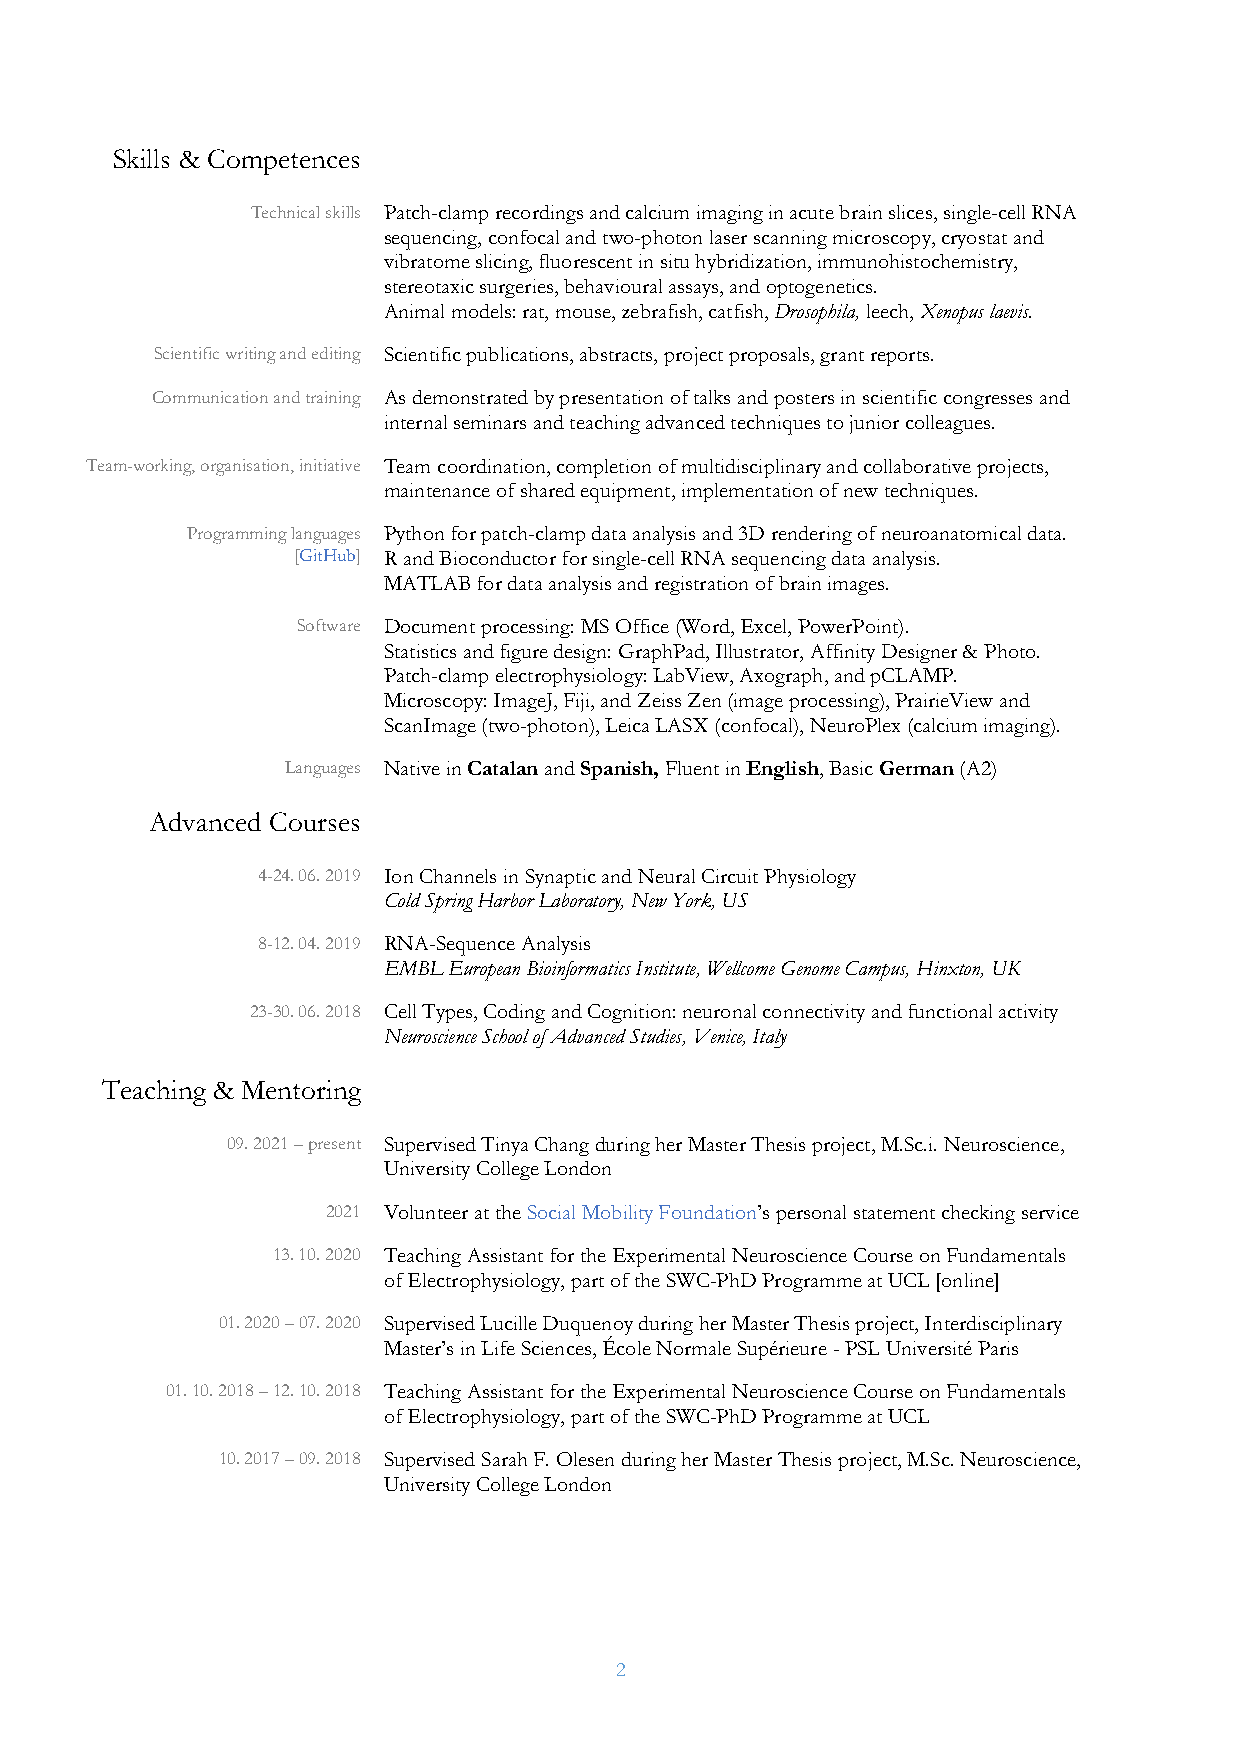
Skills & Competences
 Technical skills Patch-clamp recordings and calcium imaging in acute brain slices, single-cell RNA
 sequencing, confocal and two-photon laser scanning microscopy, cryostat and
 vibratome slicing, fluorescent in situ hybridization, immunohistochemistry,
 stereotaxic surgeries, behavioural assays, and optogenetics.
 Animal models: rat, mouse, zebrafish, catfish, Drosophila, leech, Xenopus laevis.
 Scientific writing and editing Scientific publications, abstracts, project proposals, grant reports.
 Communication and training As demonstrated by presentation of talks and posters in scientific congresses and
 internal seminars and teaching advanced techniques to junior colleagues.
 Team-working, organisation, initiative Team coordination, completion of multidisciplinary and collaborative projects,
 maintenance of shared equipment, implementation of new techniques.
 Programming languages Python for patch-clamp data analysis and 3D rendering of neuroanatomical data.
 [GitHub] R and Bioconductor for single-cell RNA sequencing data analysis.
 MATLAB for data analysis and registration of brain images.
 Software Document processing: MS Office (Word, Excel, PowerPoint).
 Statistics and figure design: GraphPad, Illustrator, Affinity Designer & Photo.
 Patch-clamp electrophysiology: LabView, Axograph, and pCLAMP.
 Microscopy: ImageJ, Fiji, and Zeiss Zen (image processing), PrairieView and
 ScanImage (two-photon), Leica LASX (confocal), NeuroPlex (calcium imaging).
 Languages Native in Catalan and Spanish, Fluent in English, Basic German (A2)
 Advanced Courses
 4-24. 06. 2019 Ion Channels in Synaptic and Neural Circuit Physiology
 Cold Spring Harbor Laboratory, New York, US
 8-12. 04. 2019 RNA-Sequence Analysis
 EMBL European Bioinformatics Institute, Wellcome Genome Campus, Hinxton, UK
 23-30. 06. 2018 Cell Types, Coding and Cognition: neuronal connectivity and functional activity
 Neuroscience School of Advanced Studies, Venice, Italy
 Teaching & Mentoring
 09. 2021 – present Supervised Tinya Chang during her Master Thesis project, M.Sc.i. Neuroscience,
 University College London
 2021 Volunteer at the Social Mobility Foundation’s personal statement checking service
 13. 10. 2020 Teaching Assistant for the Experimental Neuroscience Course on Fundamentals
 of Electrophysiology, part of the SWC-PhD Programme at UCL [online]
 01. 2020 – 07. 2020 Supervised Lucille Duquenoy during her Master Thesis project, Interdisciplinary
 Master’s in Life Sciences, École Normale Supérieure - PSL Université Paris
 01. 10. 2018 – 12. 10. 2018 Teaching Assistant for the Experimental Neuroscience Course on Fundamentals
 of Electrophysiology, part of the SWC-PhD Programme at UCL
 10. 2017 – 09. 2018 Supervised Sarah F. Olesen during her Master Thesis project, M.Sc. Neuroscience,
 University College London
 2